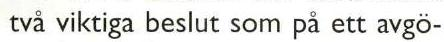
två viktiga beslut som på ett avgö-